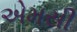
એમસી